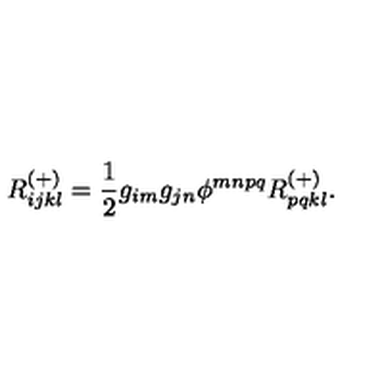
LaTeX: R _ { i j k l } ^ { ( + ) } = \frac { 1 } { 2 } g _ { i m } g _ { j n } \phi ^ { m n p q } R _ { p q k l } ^ { ( + ) } .